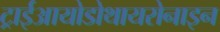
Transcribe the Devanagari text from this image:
ट्राईआयोडोथायरोनाइन